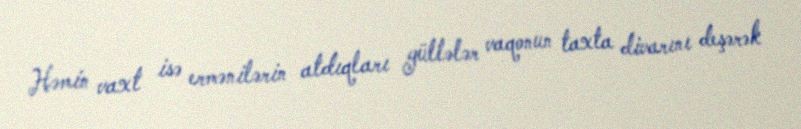
Həmin vaxt isə ermənilərin atdıqları güllələr vaqonun taxta divarını deşərək